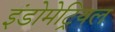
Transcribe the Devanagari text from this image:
इंडोमेट्रियल